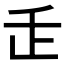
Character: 𬼉